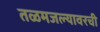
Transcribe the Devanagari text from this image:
तळमजल्यावरची